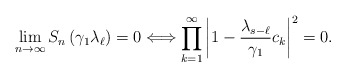
\begin{align*}\lim_{n \to \infty} S_n\left( \gamma_1 \lambda_{\ell} \right) =0 \Longleftrightarrow \prod_{k=1}^{\infty} \left| 1 - \frac{\lambda_{s-\ell}}{\gamma_1} c_k \right|^2=0.\end{align*}